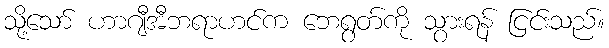
သို့သော် ဟာဂျီအီဘရာဟင်က ဘေရွတ်ကို သွားရန် ငြင်းသည်။